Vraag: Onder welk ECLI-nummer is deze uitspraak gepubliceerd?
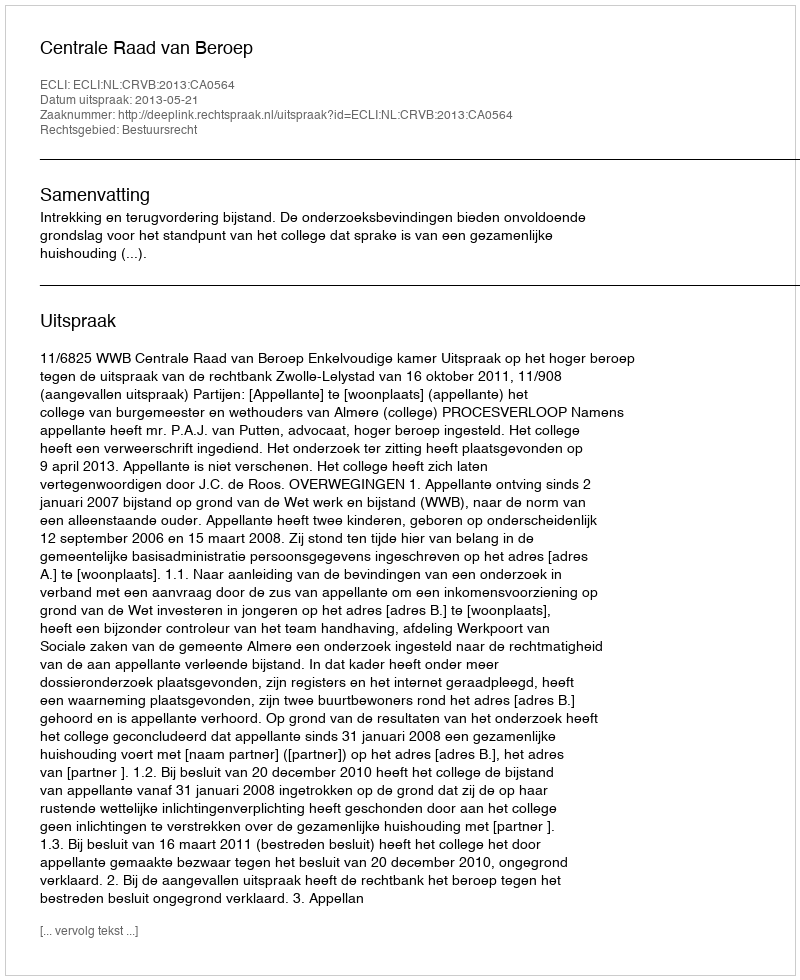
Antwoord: ECLI:NL:CRVB:2013:CA0564